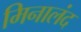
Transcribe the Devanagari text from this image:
मिनालंद